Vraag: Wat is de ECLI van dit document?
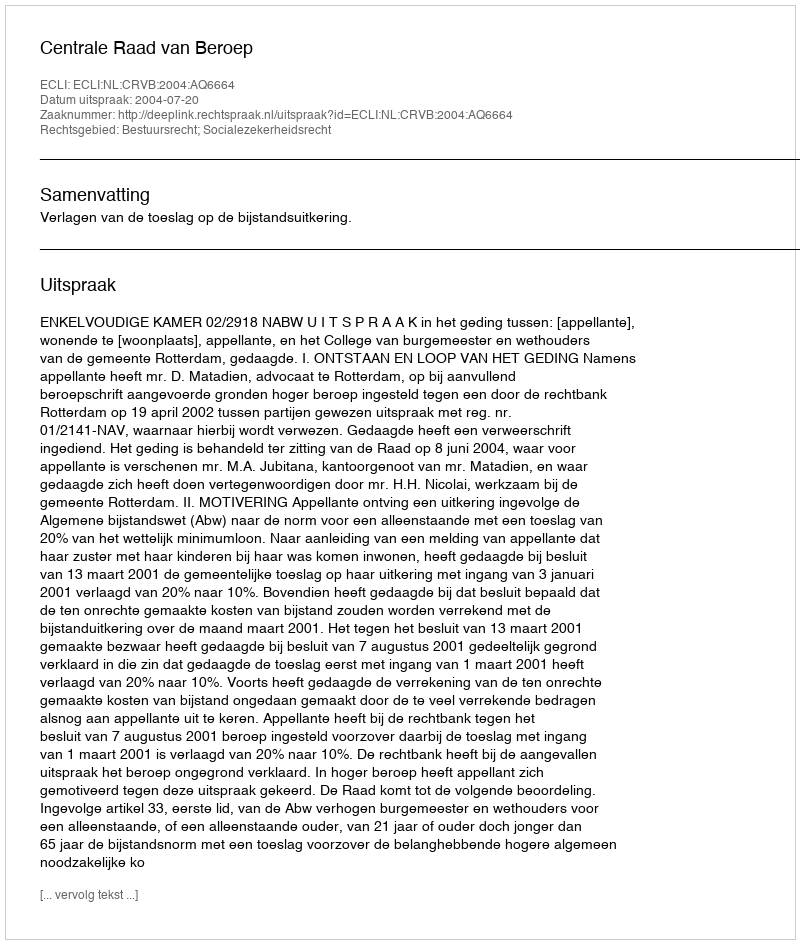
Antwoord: ECLI:NL:CRVB:2004:AQ6664